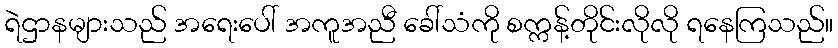
ရဲဌာနများသည် အရေးပေါ် အကူအညီ ခေါ်သံကို စက္ကန့်တိုင်းလိုလို ရနေကြသည်။